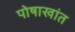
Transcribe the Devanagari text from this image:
पोषाखांत